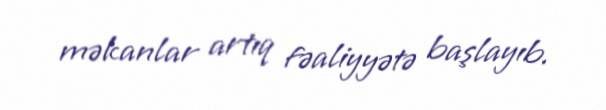
məkanlar artıq fəaliyyətə başlayıb.